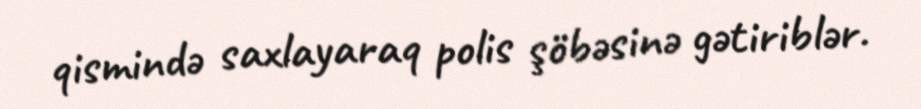
qismində saxlayaraq polis şöbəsinə gətiriblər.